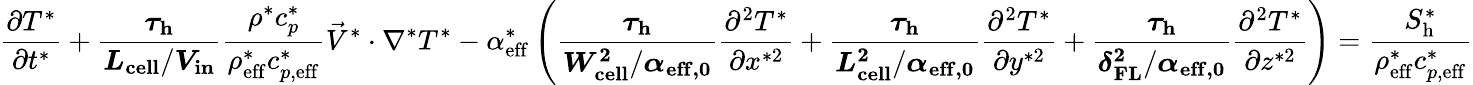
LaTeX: \frac{\partial T^{*}}{\partial t^{*}}+\boldsymbol{\frac{\tau_{\mathrm{h}}}{L_{\mathrm{{cell}}}/V_{\mathrm{in}}}}\frac{\rho^{*}c_{p}^{*}}{\rho_{\mathrm{{eff}}}^{*}c_{p,\mathrm{{eff}}}^{*}}\vec{V}^{*}\cdot\nabla^{*}T^{*}-\alpha_{\mathrm{{eff}}}^{*}\left(\boldsymbol{\frac{\tau_{\mathrm{h}}}{W_{\mathrm{{cell}}}^{2}/\alpha_{\mathrm{{eff,0}}}}}\frac{\partial^{2}T^{*}}{\partial x^{*2}}+\boldsymbol{\frac{\tau_{\mathrm{h}}}{L_{\mathrm{{cell}}}^{2}/\alpha_{\mathrm{{eff,0}}}}}\frac{\partial^{2}T^{*}}{\partial y^{*2}}+\boldsymbol{\frac{\tau_{\mathrm{h}}}{\delta_{\mathrm{{FL}}}^{2}/\alpha_{\mathrm{{eff,0}}}}}\frac{\partial^{2}T^{*}}{\partial z^{*2}}\right)=\frac{S_{\mathrm{{h}}}^{*}}{\rho_{\mathrm{{eff}}}^{*}c_{p,\mathrm{{eff}}}^{*}}